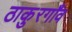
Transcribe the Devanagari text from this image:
ठाकुरगाँव